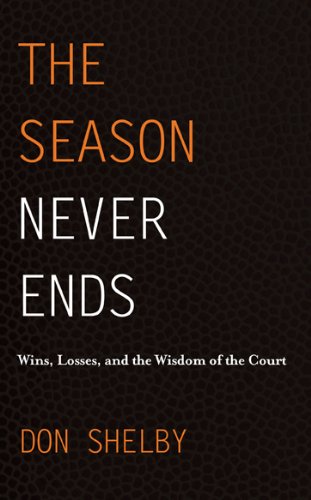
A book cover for The Season Never Ends - Wins, Losses, and the Wisdom of the Court; Don Shelby; Biographies & Memoirs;